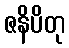
ဇနိပိတု